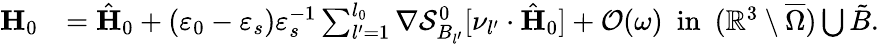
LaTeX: \begin{array}{rl}{\mathbf{H}_{0}}&{=\hat{\mathbf{H}}_{0}+(\varepsilon_{0}-\varepsilon_{s})\varepsilon_{s}^{-1}\sum_{l^{\prime}=1}^{l_{0}}\nabla\mathcal{S}_{B_{l^{\prime}}}^{0}[\nu_{l^{\prime}}\cdot\hat{\mathbf{H}}_{0}]+\mathcal{O}(\omega)\ \ \mathrm{in}\ \ (\mathbb{R}^{3}\setminus\overline{\Omega})\bigcup\tilde{B}.}\end{array}